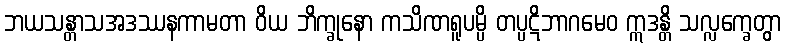
ဘယသန္တာသအဒဿနကာမတာ ဝိယ ဘိက္ခုနော ကသိဏရူပမ္ပိ တပ္ပဋိဘာဂမေဝ ဣဒန္တိ သလ္လက္ခေတွာ